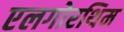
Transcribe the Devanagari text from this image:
एलगोरथिम